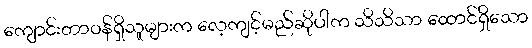
ကျောင်းတာဝန်ရှိသူများက လေ့ကျင့်မည်ဆိုပါက သိသိသာ ထောင်ရှိသော